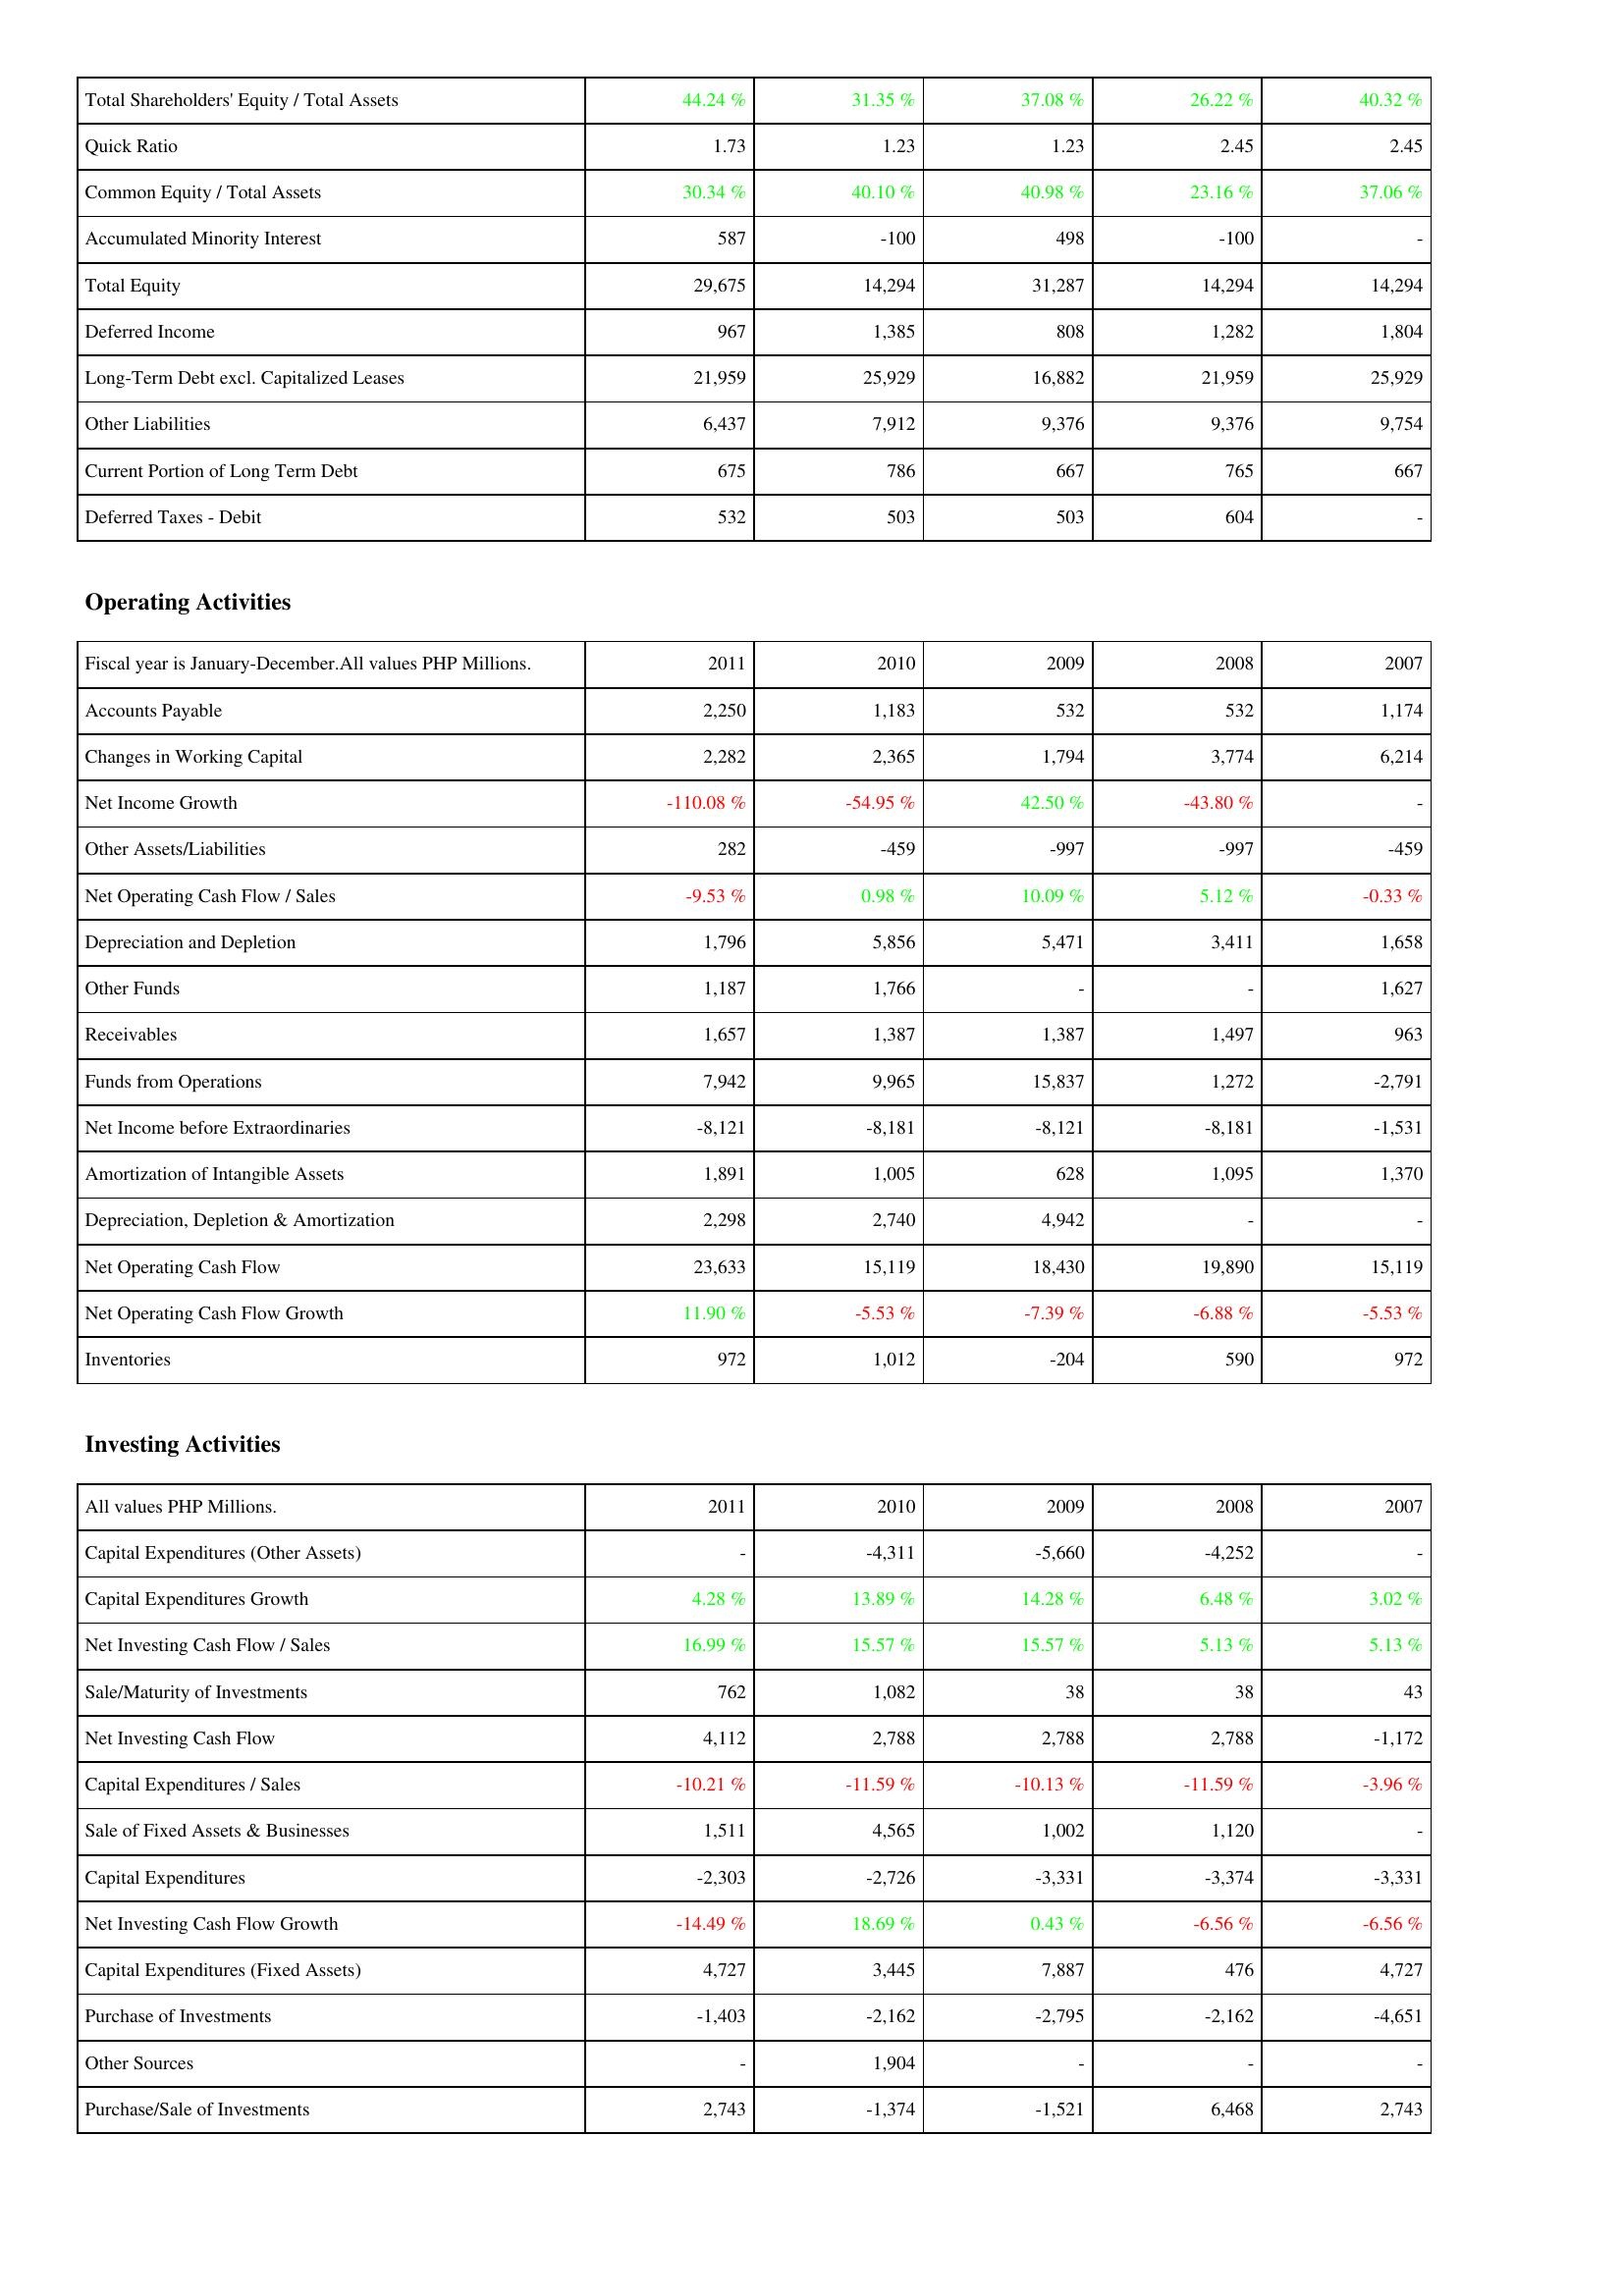
2011: Liabilities & Shareholders' Equity: Total Shareholders' Equity / Total Assets: 44.24 %
Quick Ratio: 1.73
Common Equity / Total Assets: 30.34 %
Accumulated Minority Interest: 587
Total Equity: 29,675
Deferred Income: 967
Long-Term Debt excl. Capitalized Leases: 21,959
Other Liabilities: 6,437
Current Portion of Long Term Debt: 675
Deferred Taxes - Debit: 532
Operating Activities: Accounts Payable: 2,250
Changes in Working Capital: 2,282
Net Income Growth: -110.08 %
Other Assets/Liabilities: 282
Net Operating Cash Flow / Sales: -9.53 %
Depreciation and Depletion: 1,796
Other Funds: 1,187
Receivables: 1,657
Funds from Operations: 7,942
Net Income before Extraordinaries: -8,121
Amortization of Intangible Assets: 1,891
Depreciation, Depletion & Amortization: 2,298
Net Operating Cash Flow: 23,633
Net Operating Cash Flow Growth: 11.90 %
Inventories: 972
Investing Activities: Capital Expenditures (Other Assets): -
Capital Expenditures Growth: 4.28 %
Net Investing Cash Flow / Sales: 16.99 %
Sale/Maturity of Investments: 762
Net Investing Cash Flow: 4,112
Capital Expenditures / Sales: -10.21 %
Sale of Fixed Assets & Businesses: 1,511
Capital Expenditures: -2,303
Net Investing Cash Flow Growth: -14.49 %
Capital Expenditures (Fixed Assets): 4,727
Purchase of Investments: -1,403
Other Sources: -
Purchase/Sale of Investments: 2,743
2010: Liabilities & Shareholders' Equity: Total Shareholders' Equity / Total Assets: 31.35 %
Quick Ratio: 1.23
Common Equity / Total Assets: 40.10 %
Accumulated Minority Interest: -100
Total Equity: 14,294
Deferred Income: 1,385
Long-Term Debt excl. Capitalized Leases: 25,929
Other Liabilities: 7,912
Current Portion of Long Term Debt: 786
Deferred Taxes - Debit: 503
Operating Activities: Accounts Payable: 1,183
Changes in Working Capital: 2,365
Net Income Growth: -54.95 %
Other Assets/Liabilities: -459
Net Operating Cash Flow / Sales: 0.98 %
Depreciation and Depletion: 5,856
Other Funds: 1,766
Receivables: 1,387
Funds from Operations: 9,965
Net Income before Extraordinaries: -8,181
Amortization of Intangible Assets: 1,005
Depreciation, Depletion & Amortization: 2,740
Net Operating Cash Flow: 15,119
Net Operating Cash Flow Growth: -5.53 %
Inventories: 1,012
Investing Activities: Capital Expenditures (Other Assets): -4,311
Capital Expenditures Growth: 13.89 %
Net Investing Cash Flow / Sales: 15.57 %
Sale/Maturity of Investments: 1,082
Net Investing Cash Flow: 2,788
Capital Expenditures / Sales: -11.59 %
Sale of Fixed Assets & Businesses: 4,565
Capital Expenditures: -2,726
Net Investing Cash Flow Growth: 18.69 %
Capital Expenditures (Fixed Assets): 3,445
Purchase of Investments: -2,162
Other Sources: 1,904
Purchase/Sale of Investments: -1,374
2009: Liabilities & Shareholders' Equity: Total Shareholders' Equity / Total Assets: 37.08 %
Quick Ratio: 1.23
Common Equity / Total Assets: 40.98 %
Accumulated Minority Interest: 498
Total Equity: 31,287
Deferred Income: 808
Long-Term Debt excl. Capitalized Leases: 16,882
Other Liabilities: 9,376
Current Portion of Long Term Debt: 667
Deferred Taxes - Debit: 503
Operating Activities: Accounts Payable: 532
Changes in Working Capital: 1,794
Net Income Growth: 42.50 %
Other Assets/Liabilities: -997
Net Operating Cash Flow / Sales: 10.09 %
Depreciation and Depletion: 5,471
Other Funds: -
Receivables: 1,387
Funds from Operations: 15,837
Net Income before Extraordinaries: -8,121
Amortization of Intangible Assets: 628
Depreciation, Depletion & Amortization: 4,942
Net Operating Cash Flow: 18,430
Net Operating Cash Flow Growth: -7.39 %
Inventories: -204
Investing Activities: Capital Expenditures (Other Assets): -5,660
Capital Expenditures Growth: 14.28 %
Net Investing Cash Flow / Sales: 15.57 %
Sale/Maturity of Investments: 38
Net Investing Cash Flow: 2,788
Capital Expenditures / Sales: -10.13 %
Sale of Fixed Assets & Businesses: 1,002
Capital Expenditures: -3,331
Net Investing Cash Flow Growth: 0.43 %
Capital Expenditures (Fixed Assets): 7,887
Purchase of Investments: -2,795
Other Sources: -
Purchase/Sale of Investments: -1,521
2008: Liabilities & Shareholders' Equity: Total Shareholders' Equity / Total Assets: 26.22 %
Quick Ratio: 2.45
Common Equity / Total Assets: 23.16 %
Accumulated Minority Interest: -100
Total Equity: 14,294
Deferred Income: 1,282
Long-Term Debt excl. Capitalized Leases: 21,959
Other Liabilities: 9,376
Current Portion of Long Term Debt: 765
Deferred Taxes - Debit: 604
Operating Activities: Accounts Payable: 532
Changes in Working Capital: 3,774
Net Income Growth: -43.80 %
Other Assets/Liabilities: -997
Net Operating Cash Flow / Sales: 5.12 %
Depreciation and Depletion: 3,411
Other Funds: -
Receivables: 1,497
Funds from Operations: 1,272
Net Income before Extraordinaries: -8,181
Amortization of Intangible Assets: 1,095
Depreciation, Depletion & Amortization: -
Net Operating Cash Flow: 19,890
Net Operating Cash Flow Growth: -6.88 %
Inventories: 590
Investing Activities: Capital Expenditures (Other Assets): -4,252
Capital Expenditures Growth: 6.48 %
Net Investing Cash Flow / Sales: 5.13 %
Sale/Maturity of Investments: 38
Net Investing Cash Flow: 2,788
Capital Expenditures / Sales: -11.59 %
Sale of Fixed Assets & Businesses: 1,120
Capital Expenditures: -3,374
Net Investing Cash Flow Growth: -6.56 %
Capital Expenditures (Fixed Assets): 476
Purchase of Investments: -2,162
Other Sources: -
Purchase/Sale of Investments: 6,468
2007: Liabilities & Shareholders' Equity: Total Shareholders' Equity / Total Assets: 40.32 %
Quick Ratio: 2.45
Common Equity / Total Assets: 37.06 %
Accumulated Minority Interest: -
Total Equity: 14,294
Deferred Income: 1,804
Long-Term Debt excl. Capitalized Leases: 25,929
Other Liabilities: 9,754
Current Portion of Long Term Debt: 667
Deferred Taxes - Debit: -
Operating Activities: Accounts Payable: 1,174
Changes in Working Capital: 6,214
Net Income Growth: -
Other Assets/Liabilities: -459
Net Operating Cash Flow / Sales: -0.33 %
Depreciation and Depletion: 1,658
Other Funds: 1,627
Receivables: 963
Funds from Operations: -2,791
Net Income before Extraordinaries: -1,531
Amortization of Intangible Assets: 1,370
Depreciation, Depletion & Amortization: -
Net Operating Cash Flow: 15,119
Net Operating Cash Flow Growth: -5.53 %
Inventories: 972
Investing Activities: Capital Expenditures (Other Assets): -
Capital Expenditures Growth: 3.02 %
Net Investing Cash Flow / Sales: 5.13 %
Sale/Maturity of Investments: 43
Net Investing Cash Flow: -1,172
Capital Expenditures / Sales: -3.96 %
Sale of Fixed Assets & Businesses: -
Capital Expenditures: -3,331
Net Investing Cash Flow Growth: -6.56 %
Capital Expenditures (Fixed Assets): 4,727
Purchase of Investments: -4,651
Other Sources: -
Purchase/Sale of Investments: 2,743